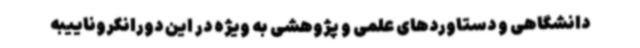
دانشگاهی و دستاوردهای علمی و پژوهشی به ویژه در این دورانکروناییبه